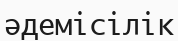
әдемісілік